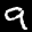
Label: 9